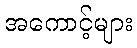
အကောင့်များ